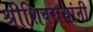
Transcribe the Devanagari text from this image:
श्रीशिवरायांनी